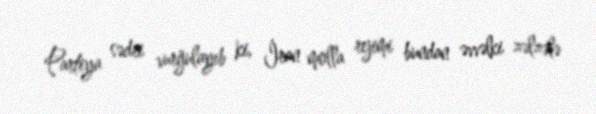
Partiya sədri vurğulayıb ki, İran molla rejimi bundan əvvəlki zəlzələ